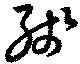
残